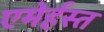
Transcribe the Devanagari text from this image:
एमेर्हस्त